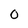
Character: O